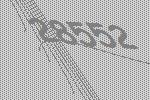
28552